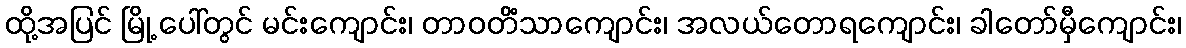
ထို့အပြင် မြို့ ပေါ်တွင် မင်းကျောင်း၊ တာဝတိံသာကျောင်း၊ အလယ်တောရကျောင်း၊ ခါတော်မှီကျောင်း၊